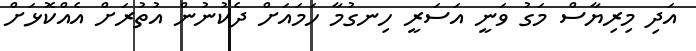
އަދި މިރިޔާސް މަގު ވަނީ އަސަރީ ހިނގުމާ ހަމައަށް ދެކުނުން އުތުރަށް އެއްކޮޅަށް